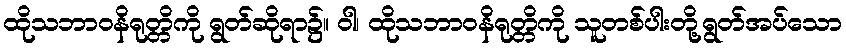
ထိုသဘာဝနိရုတ္တိကို ရွတ်ဆိုရာ၌။ ဝါ၊ ထိုသဘာဝနိရုတ္တိကို သူတစ်ပါးတို့ရွတ်အပ်သော